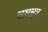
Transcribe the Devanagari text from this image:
सशस़्त्र